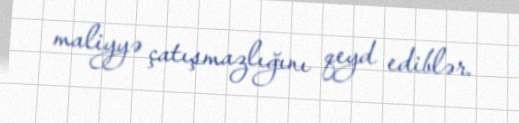
maliyyə çatışmazlığını qeyd ediblər.